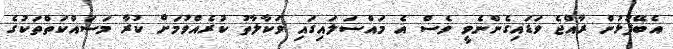
އެބޭފުޅުން ރާއްޖެ ވަޑައިގެންނެވީ ވެސް އެ މައްސަލައިގައި ވަކާލާތު ކުރެއްވުމަށް ކުރާ މަސައްކަތްތަކުގެ